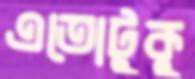
এতোটুকু